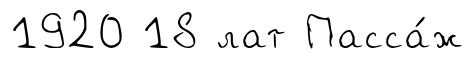
1920 18 лат Пасса́ж